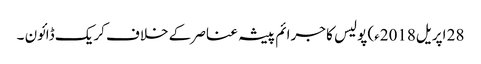
28 اپریل2018ء) پولیس کا جرائم پیشہ عناصر کے خلاف کریک ڈائون ۔